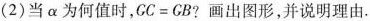
(2)当α为何值时，$$C C = G B$$?画出图形，并说明理由.